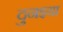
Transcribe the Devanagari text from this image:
दुनइया